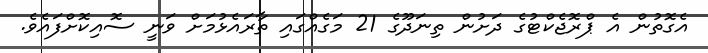
އެގޮތުން އެ ޕްރޮޖެކްޓުގެ ދަށުން ތިނަދޫގެ 21 މަގެއްގައި ތާރައެޅުމަށް ވަނީ ސޮއިކޮށްފައެވެ.